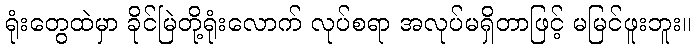
ရုံးတွေထဲမှာ ခိုင်မြဲတို့ရုံးလောက် လုပ်စရာ အလုပ်မရှိတာဖြင့် မမြင်ဖူးဘူး။